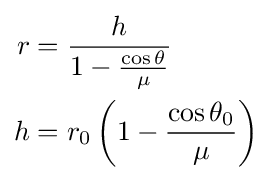
{\begin{aligned}r&={\frac {h}{1-{\frac {\cos {\theta }}{\mu }}}}\\h&=r_{0}\left(1-{\frac {\cos {\theta _{0}}}{\mu }}\right)\end{aligned}}